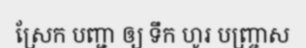
ស្រែក បញ្ជា ឲ្យ ទឹក ហូរ បញ្ច្រាស